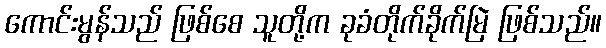
ကောင်းမွန်သည် ဖြစ်စေ သူတို့က ခုခံတိုက်ခိုက်မြဲ ဖြစ်သည်။